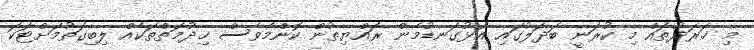
މި ޚަރަދުތައް މި ކުރަނީ ބަދަލުގައި އަޅުގަނޑުމެން ރައްޔިތުން ކޮންމެވެސް ޚިދުމަތްތަކެއް ލިބިގަތުމަށްޓަކަ